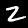
Label: 2